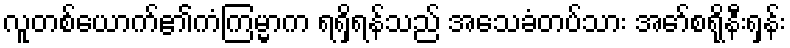
လူတစ်ယောက်၏ကံကြမ္မာက ရရှိရန်သည် အသေခံတပ်သား အော်စရိုနီးရှန်း